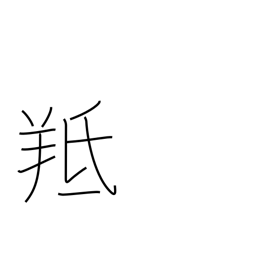
Meaning: male sheep